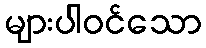
များပါဝင်သော